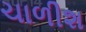
ચાળીશ